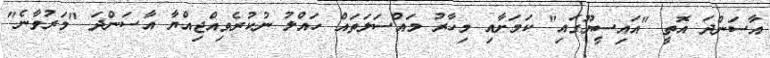
އާސަންދަ އޮތީ "އައިސީޔޫގައި" ކަމަށާއި މިހާރު މައްސަލަތައް ހައްލު ނުކުރެވިއްޖިއްޔާ އާސަންދަ "މަރުވާނެ"